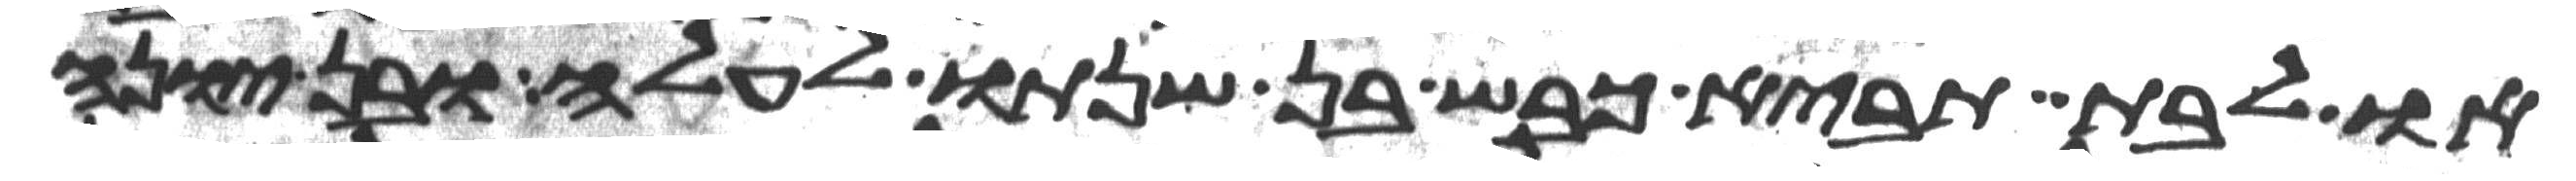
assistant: או לבת תביא כבש בן שנתו לעלה או בן יונה